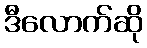
ဒီလောက်ဆို